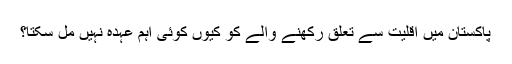
پاکستان میں اقلیت سے تعلق رکھنے والے کو کیوں کوئی اہم عہدہ نہیں مل سکتا؟